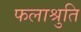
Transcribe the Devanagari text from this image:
फलाश्रुति